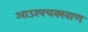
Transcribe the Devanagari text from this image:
आउरपचक्खाण